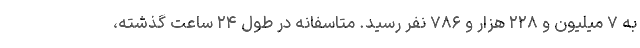
به ۷ میلیون و ۲۲۸ هزار و ۷۸۶ نفر رسید. متاسفانه در طول ۲۴ ساعت گذشته،